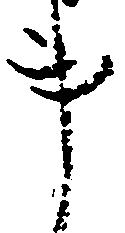
事